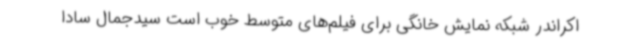
اکراندر شبکه نمایش خانگی برای فیلم‌های متوسط خوب است سیدجمال سادا